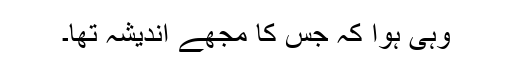
وہی ہوا کہ جس کا مجھے اندیشہ تھا۔